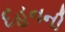
દહનની